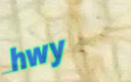
hwy